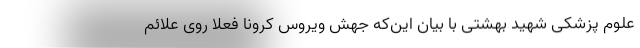
علوم پزشکی شهید بهشتی با بیان این‌‌که جهش ویروس کرونا فعلاً روی علائم